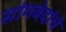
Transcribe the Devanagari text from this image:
सांगवेदांचे